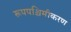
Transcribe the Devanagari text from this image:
रूपपश्चिमीकरण